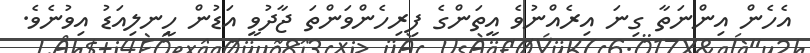
އެހެން އިންނަތާ ގިނަ އިރެއްނުވެ އީތަންގެ ފިރިހެންވަންތަ ޖާދުވީ އަޑުން ހީނލިއަޑު އިވުނެވެ.